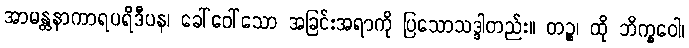
အာမန္တနာကာရပရိဒီပန၊ ခေါ်ဝေါ်သော အခြင်းအရာကို ပြသောသဒ္ဒါတည်း။ တဉ္စ၊ ထို ဘိက္ခဝေါ၊